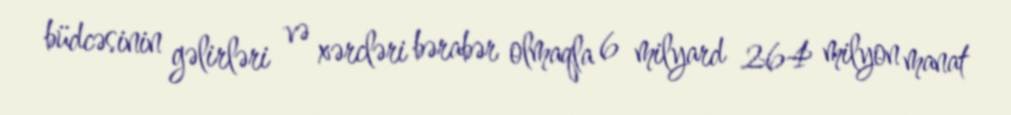
büdcəsinin gəlirləri və xərcləri bərabər olmaqla 6 milyard 264 milyon manat